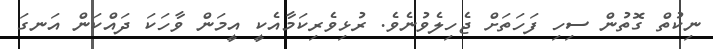
ނިކުތް ގޮތުން ސިހި ފަހަތަށް ޖެހިލެވުނެވެ. ރުޅިވެރިކަމާއެކީ އީމަން ވާހަކަ ދައްކަން އަނގަ